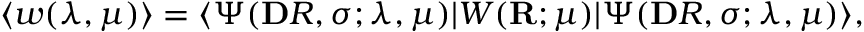
\langle \mathpalette { w } ( \lambda , \mu ) \rangle = \ensuremath { \langle \Psi ( \mathbf Ḋ R Ḍ , \pmb Ḋ \sigma Ḍ ; \lambda , \mu ) \vert } \mathpalette { W } ( \mathbf { R } ; \mu ) \ensuremath { \vert \Psi ( \mathbf Ḋ R Ḍ , \pmb Ḋ \sigma Ḍ ; \lambda , \mu ) \rangle } ,